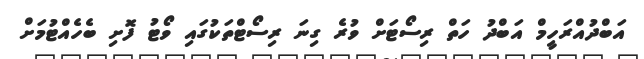
އަބްދުއްރަހީމް އަބްދު ހަތް ރިސޯޓަށް ވުރެ ގިނަ ރިސޯޓްތަކުގައި ވޯޓު ފޮށި ބެހެއްޓުމަށް